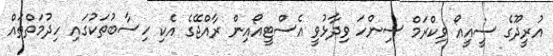
އުރީދޫގެ ސީއީއޯ ވިކްރަމް ސިންހަ ވިދާޅުވީ އެސްޓީއޯއިން ރާއްޖޭގެ އެކި ހިސާބުތަކުގައި ހިދުމަތްތައް